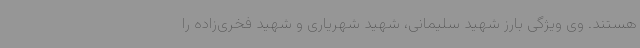
هستند. وی ویژگی بارز شهید سلیمانی، شهید شهریاری و شهید فخری‌زاده را